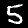
Digit: 5